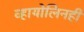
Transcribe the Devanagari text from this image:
व्हायोलिनही